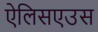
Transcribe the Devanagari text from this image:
ऐलिसएउस